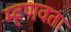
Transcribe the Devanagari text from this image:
म्हणवता